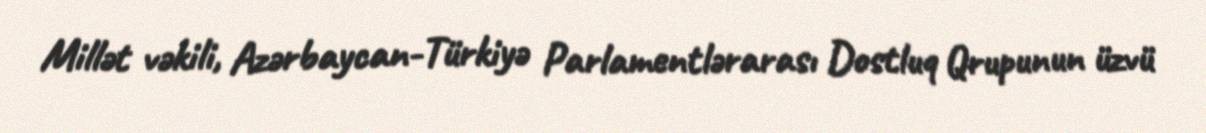
Millət vəkili, Azərbaycan-Türkiyə Parlamentlərarası Dostluq Qrupunun üzvü